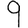
Digit: 9